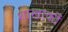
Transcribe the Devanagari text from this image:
शाखाकों